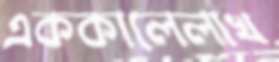
এককালেলাখ